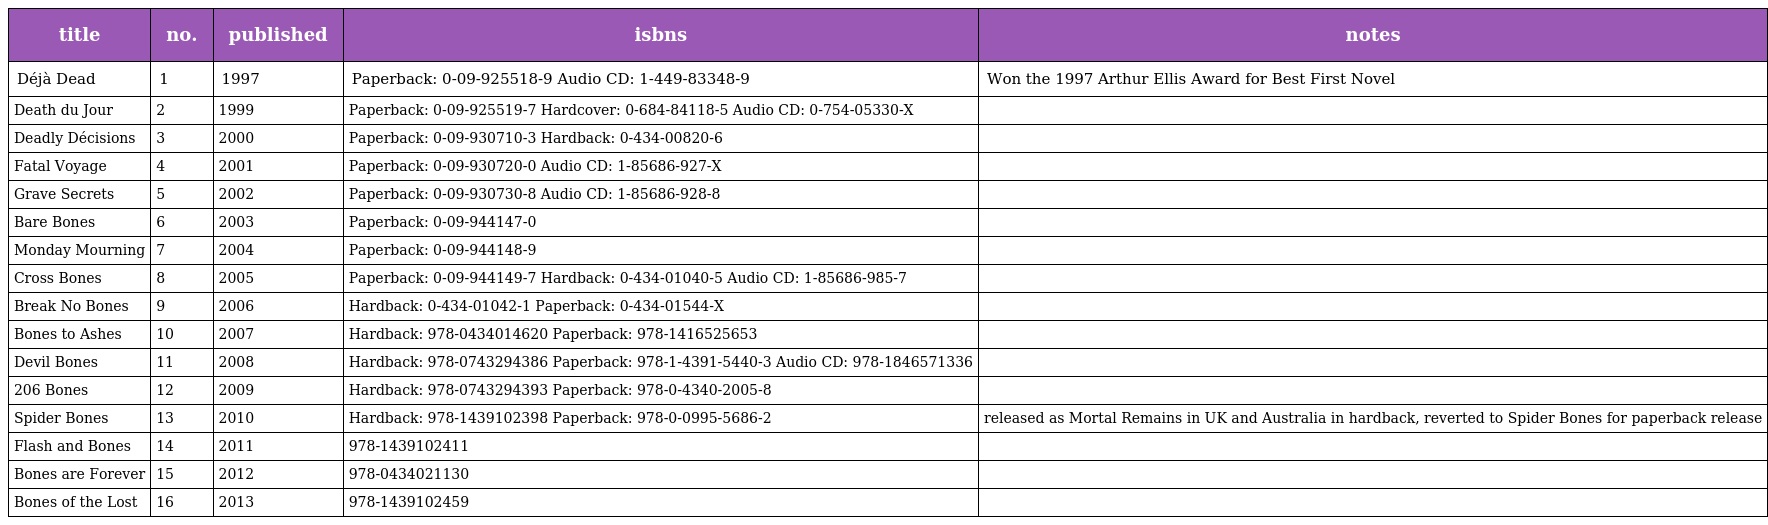
| title | no. | published | isbns | notes |
 | --- | --- | --- | --- | --- |
 | Déjà Dead | 1 | 1997 | Paperback: 0-09-925518-9 Audio CD: 1-449-83348-9 | Won the 1997 Arthur Ellis Award for Best First Novel |
 | Death du Jour | 2 | 1999 | Paperback: 0-09-925519-7 Hardcover: 0-684-84118-5 Audio CD: 0-754-05330-X |  |
 | Deadly Décisions | 3 | 2000 | Paperback: 0-09-930710-3 Hardback: 0-434-00820-6 |  |
 | Fatal Voyage | 4 | 2001 | Paperback: 0-09-930720-0 Audio CD: 1-85686-927-X |  |
 | Grave Secrets | 5 | 2002 | Paperback: 0-09-930730-8 Audio CD: 1-85686-928-8 |  |
 | Bare Bones | 6 | 2003 | Paperback: 0-09-944147-0 |  |
 | Monday Mourning | 7 | 2004 | Paperback: 0-09-944148-9 |  |
 | Cross Bones | 8 | 2005 | Paperback: 0-09-944149-7 Hardback: 0-434-01040-5 Audio CD: 1-85686-985-7 |  |
 | Break No Bones | 9 | 2006 | Hardback: 0-434-01042-1 Paperback: 0-434-01544-X |  |
 | Bones to Ashes | 10 | 2007 | Hardback: 978-0434014620 Paperback: 978-1416525653 |  |
 | Devil Bones | 11 | 2008 | Hardback: 978-0743294386 Paperback: 978-1-4391-5440-3 Audio CD: 978-1846571336 |  |
 | 206 Bones | 12 | 2009 | Hardback: 978-0743294393 Paperback: 978-0-4340-2005-8 |  |
 | Spider Bones | 13 | 2010 | Hardback: 978-1439102398 Paperback: 978-0-0995-5686-2 | released as Mortal Remains in UK and Australia in hardback, reverted to Spider Bones for paperback release |
 | Flash and Bones | 14 | 2011 | 978-1439102411 |  |
 | Bones are Forever | 15 | 2012 | 978-0434021130 |  |
 | Bones of the Lost | 16 | 2013 | 978-1439102459 |  |